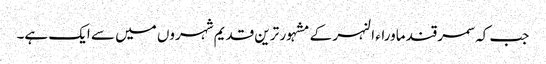
جب کہ سمرقند ماوراء النہر کے مشہور ترین قدیم شہروں میں سے ایک ہے۔